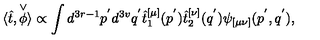
\langle \hat { t } , \stackrel { \vee } { \phi } \rangle \propto \int d ^ { 3 r - 1 } p ^ { ' } d ^ { 3 v } q ^ { ' } \hat { t } _ { 1 } ^ { [ \mu ] } ( p ^ { ' } ) \hat { t } _ { 2 } ^ { [ \nu ] } ( q ^ { ' } ) \psi _ { [ \mu \nu ] } ( p ^ { ' } , q ^ { ' } ) ,